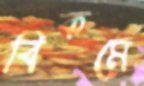
বিকমে